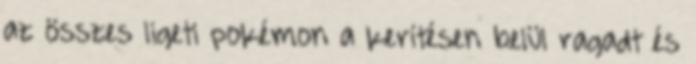
az összes ligeti pokémon a kerítésen belül ragadt és